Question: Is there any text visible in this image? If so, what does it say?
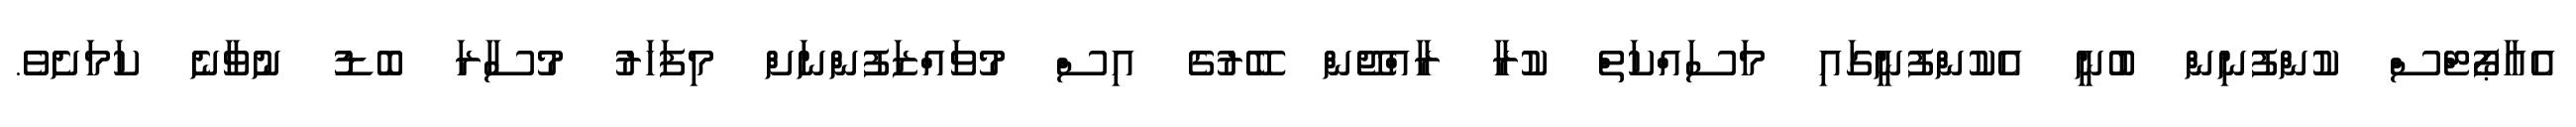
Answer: އެއާޕޯޓްސް ކުންފުނިން ބުނީ އެކުންފުނީގައި މަސައްކަތް ކުރާ ރާއްޖޭން ބޭރުގެ އިސް މުވައްޒަފުންނަށް މިފަހަރު މުސާރަ ބޮޑު ނުވާނެ ކަމަށެވެ.